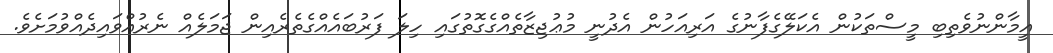
އީމާންނުވެތިބި މީސްތަކުން އެކަލޭގެފާނުގެ އަރިއަހުން އެދުނީ މުޢުޖިޒާތެއްގެގޮތުގައި ހިލަ ފަރުބައެއްގެތެރެއިން ޖަމަލެއް ނެރުއްވައިދެއްވުމަށެވެ.